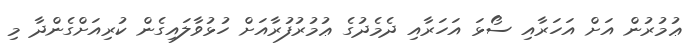
ޢުމުރުން އަށް އަހަރާއި ސޯޅަ އަހަރާއި ދެމެދުގެ ޢުމުރުފުރާއަށް ހުޅުވާލައިގެން ކުރިއަށްގެންދާ މި